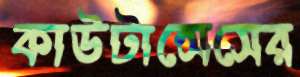
কাউটান্সেসের